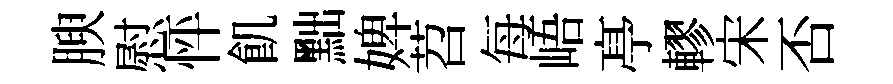
腴慰怦飢黜婢苕每峿𠅘轇宋否